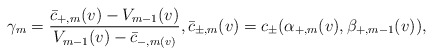
\begin{align*} \gamma_m=\frac{\bar{c}_{+,m}(v)-V_{m-1}(v)}{V_{m-1}(v)-\bar{c}_{-,m(v)}},\bar{c}_{\pm,m}(v)=c_\pm(\alpha_{+,m}(v),\beta_{+,m-1}(v)),\end{align*}